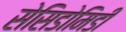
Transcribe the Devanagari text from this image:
सेसिडोमिडी